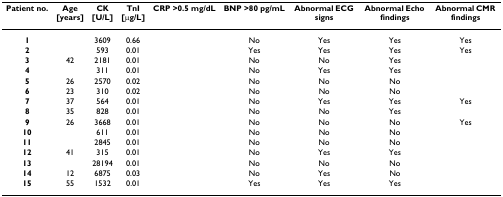
<table><thead><tr><td><b>Patient no.</b></td><td><b>Age[years]</b></td><td><b>CK[U/L]</b></td><td><b>TnI[μg/L]</b></td><td><b>CRP &gt;0.5 mg/dL</b></td><td><b>BNP &gt;80 pg/mL</b></td><td><b>Abnormal ECG signs</b></td><td><b>Abnormal Echo findings</b></td><td><b>Abnormal CMR findings</b></td></tr></thead><tbody><tr><td><b>1</b></td><td>[EMPTY_CELL]</td><td>3609</td><td>0.66</td><td>[EMPTY_CELL]</td><td>No</td><td>Yes</td><td>Yes</td><td>Yes</td></tr><tr><td><b>2</b></td><td>[EMPTY_CELL]</td><td>593</td><td>0.01</td><td>[EMPTY_CELL]</td><td>Yes</td><td>Yes</td><td>Yes</td><td>Yes</td></tr><tr><td><b>3</b></td><td>42</td><td>2181</td><td>0.01</td><td>[EMPTY_CELL]</td><td>No</td><td>No</td><td>Yes</td><td>[EMPTY_CELL]</td></tr><tr><td><b>4</b></td><td>[EMPTY_CELL]</td><td>311</td><td>0.01</td><td>[EMPTY_CELL]</td><td>No</td><td>Yes</td><td>Yes</td><td>[EMPTY_CELL]</td></tr><tr><td><b>5</b></td><td>26</td><td>2570</td><td>0.02</td><td>[EMPTY_CELL]</td><td>No</td><td>No</td><td>No</td><td>[EMPTY_CELL]</td></tr><tr><td><b>6</b></td><td>23</td><td>310</td><td>0.02</td><td>[EMPTY_CELL]</td><td>No</td><td>No</td><td>No</td><td>[EMPTY_CELL]</td></tr><tr><td><b>7</b></td><td>37</td><td>564</td><td>0.01</td><td>[EMPTY_CELL]</td><td>No</td><td>Yes</td><td>Yes</td><td>Yes</td></tr><tr><td><b>8</b></td><td>35</td><td>828</td><td>0.01</td><td>[EMPTY_CELL]</td><td>No</td><td>No</td><td>Yes</td><td>[EMPTY_CELL]</td></tr><tr><td><b>9</b></td><td>26</td><td>3668</td><td>0.01</td><td>[EMPTY_CELL]</td><td>No</td><td>No</td><td>No</td><td>Yes</td></tr><tr><td><b>10</b></td><td>[EMPTY_CELL]</td><td>611</td><td>0.01</td><td>[EMPTY_CELL]</td><td>No</td><td>No</td><td>No</td><td>[EMPTY_CELL]</td></tr><tr><td><b>11</b></td><td>[EMPTY_CELL]</td><td>2845</td><td>0.01</td><td>[EMPTY_CELL]</td><td>No</td><td>No</td><td>No</td><td>[EMPTY_CELL]</td></tr><tr><td><b>12</b></td><td>41</td><td>315</td><td>0.01</td><td>[EMPTY_CELL]</td><td>No</td><td>Yes</td><td>Yes</td><td>[EMPTY_CELL]</td></tr><tr><td><b>13</b></td><td>[EMPTY_CELL]</td><td>28194</td><td>0.01</td><td>[EMPTY_CELL]</td><td>No</td><td>No</td><td>No</td><td>[EMPTY_CELL]</td></tr><tr><td><b>14</b></td><td>12</td><td>6875</td><td>0.03</td><td>[EMPTY_CELL]</td><td>No</td><td>Yes</td><td>No</td><td>[EMPTY_CELL]</td></tr><tr><td><b>15</b></td><td>55</td><td>1532</td><td>0.01</td><td>[EMPTY_CELL]</td><td>Yes</td><td>Yes</td><td>Yes</td><td>[EMPTY_CELL]</td></tr></tbody></table>